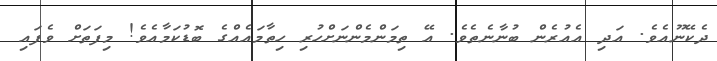
ދެކޭނޫއެވެ. އަދި އެއުރެން ބުނާނެތެވެ. އޭ ތިމަންމެންނަށްހުރި ހިތާމައެއްގެ ބޮޑުކަމާއެވެ! މިފަތަށް ވެފައި